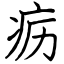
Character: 疬